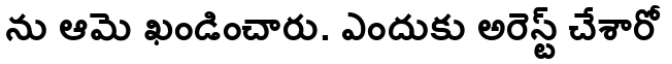
ను ఆమె ఖండించారు. ఎందుకు అరెస్ట్ చేశారో